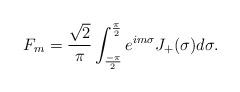
\begin{align*}F_{m}=\frac{\sqrt{2}}{\pi}\int_{\frac{-\pi}{2}}^{\frac{\pi}{2}}e^{im\sigma}J_{+}(\sigma)d\sigma.\end{align*}